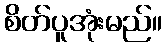
စိတ်ပူအုံးမည်။